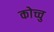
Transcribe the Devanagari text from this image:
कोच्चु